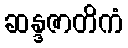
ဆန္ဒဇာတိကံ